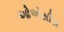
ઓએસીસ